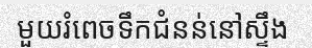
មួយរំពេចទឹកជំនន់នៅស្ទឹង